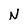
Character: N